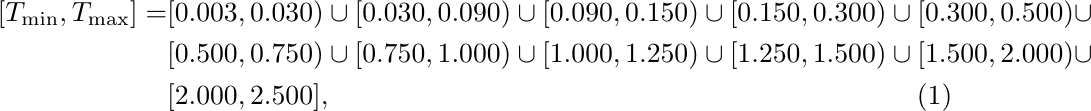
\begin{align}\label{time sub-intervals}
[T_{\min},T_{\max}] = & [0.003,0.030) \cup [0.030,0.090) \cup [0.090,0.150) \cup [0.150,0.300) \cup [0.300,0.500) \cup \nonumber \\ & [0.500,0.750) \cup [0.750,1.000) \cup [1.000,1.250) \cup [1.250,1.500) \cup [1.500,2.000) \cup \nonumber \\ & [2.000,2.500],
\end{align}